Annual administration report of the Civil Veterinary Department of India - 1897-1898
Year: 1897
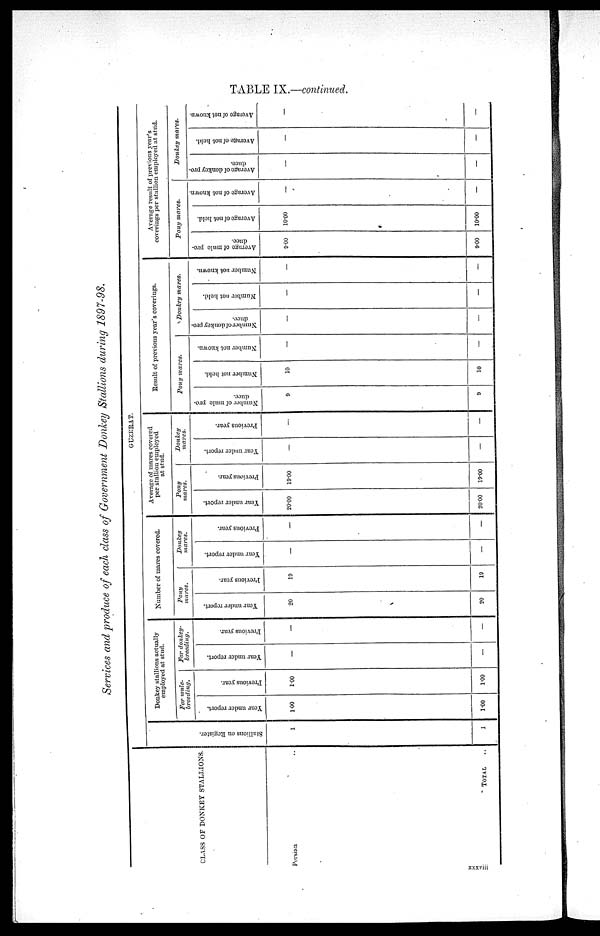
TABLE IX.—continued.
Services and produce of each class of Government Donkey Stallions during 1897—98.
CLASS OF DONKEY STALLIONS.
Persian
TOTAL ..
GUZERAT.
Stallions cm Register.
1
1
Donkey stallions actually
employed at stud.
For mule—
breeding.
Year under report.
1.00
1.00
Previous year.
1.00
1.00
For donkey-
breeding.
Year under report.
—
—
Previous year.
—
—
Number of mares covered.
Pony
mares.
Year under report.
20
20
Previous year.
19
19
Donkey
mares.
Year under report.
—
—
Previous year.
—
—
Average of mares covered
per stallion employed
at stud.
Pony
mares.
Year under report.
20.00
20.00
Previous year.
19.00
19.00
Donkey
mares.
Year under report.
—
—
Previous year.
—
—
Result of previous year's coverings.
Pony mares.
Number of mule pro-
duce.
9
9
Number not held.
10
10
Number not known.
—
—
Donkey mares.
Number of donkey pro-
duce.
—
—
Number not held.
—
—
Number not known.
—
—
Average result of previous year's
coverings per stallion employed at stud.
Pony mares.
Average of mule pro-
duce.
9.00
9.00
Average of not held.
10.00
10.00
Average of not known.
—
—
Donkey mares.
Average of donkey pro—
duce.
—
—
Average of not held.
—
—
Average of not known.
—
—
xxxvii